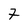
Character: 7